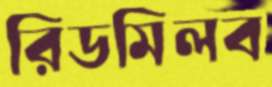
রিডমিলব